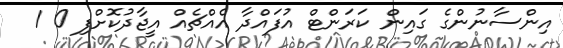
އިންސާނުންގެ ގައިން ކަަރަންޓް އުފައްދާ އެއްޗެއް އީޖާދުކޮށްފި 0 1